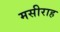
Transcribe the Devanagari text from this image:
मसीराह